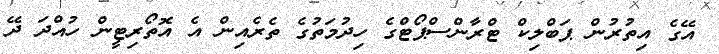
އޭގެ އިތުރުން ޕަބްލިކް ޓްރާންސްޕޯޓްގެ ހިދުމަތުގެ ތެރެއިން އެ އޮތޯރިޓީން ހުއްދަ ދޭ